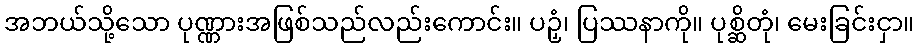
အဘယ်သို့သော ပုဏ္ဏားအဖြစ်သည်လည်းကောင်း။ ပဉှံ၊ ပြဿနာကို။ ပုစ္ဆိတုံ၊ မေးခြင်းငှာ။